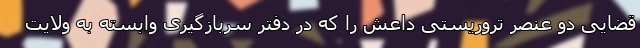
قضایی دو عنصر تروریستی داعش را که در دفتر سربازگیری وابسته به ولایت